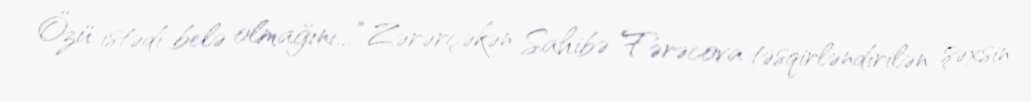
Özü istədi belə olmağını...” Zərərçəkən Sahibə Fərəcova təsqirləndirilən şəxsin